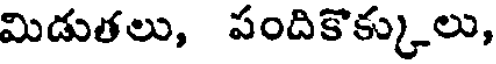
మిడుతలు, పందికొక్కులు,